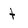
Character: t